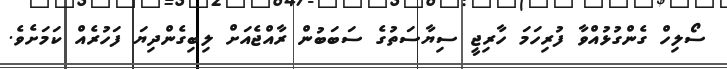
ސޯލިހް ގެންގުޅުއްވާ ފުރިހަމަ ހާރިޖީ ސިޔާސަތުގެ ސަބަބުން ރާއްޖެއަށް ލިބިގެންދިޔަ ފަހުރެއް ކަމަށެވެ.